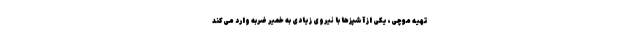
تهیه موچی، یکی از آشپز‌ها با نیروی زیادی به خمیر ضربه وارد می‌کند